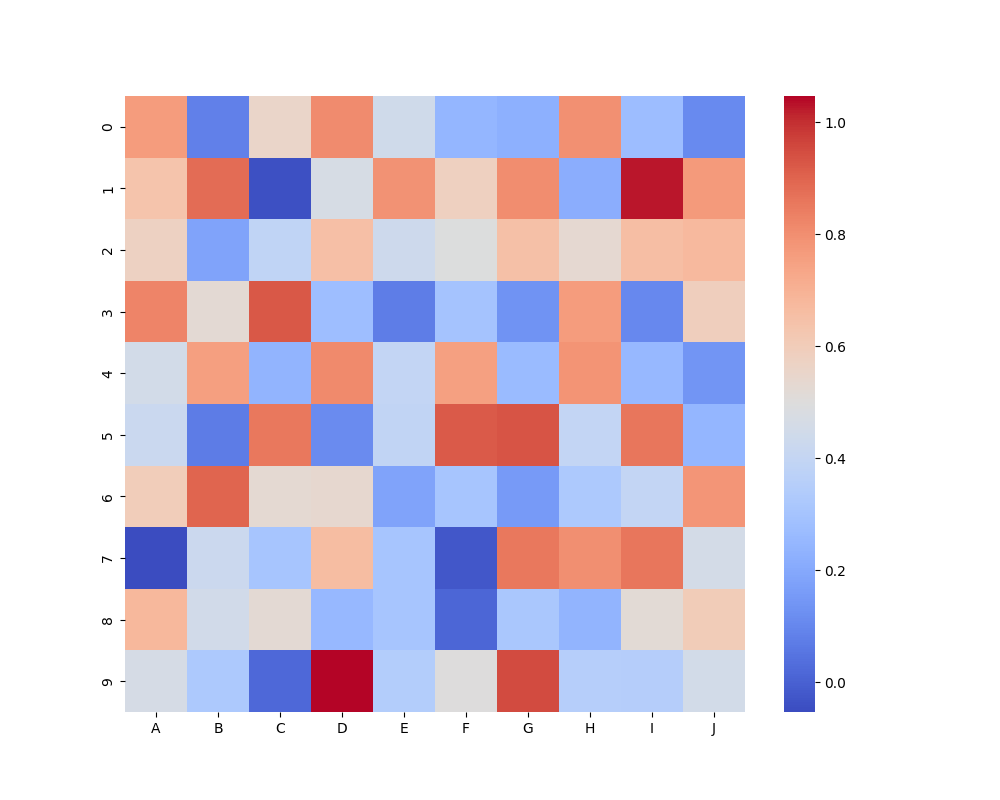
python, seaborn, heatmap, cmap='coolwarm', linewidths=0.0, center=none